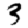
Digit: 3